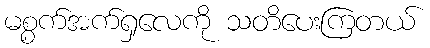
မစ္စက်အက်ရှလေကို သတိပေးကြတယ်